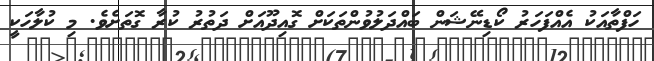
ހަފްތާއަކު އެއްފަހަރު ކޯޑިނޭޝަން ބައްދަލުވުންތަކަށް ގޮއިދޫއަށް ދަތުރު ކުރާ ގޮތަށެވެ. މި ކުލާހަކީ